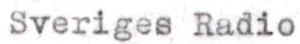
Sveriges Radio